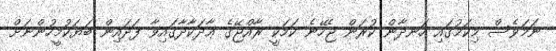
ނަމަވެސް މިކަމުގައި ހަނދާން ކުރަން ޖެހޭނެ ކަމަކީ ރާއްޖޭގެ ޢާދަކާދާގައިވާ ފަދައިން ބަޔަކުމީހުންނަށް